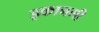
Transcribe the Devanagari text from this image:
इकानमी